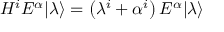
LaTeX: H ^ { i } E ^ { \alpha } | \lambda \rangle = \left( \lambda ^ { i } + \alpha ^ { i } \right) E ^ { \alpha } | \lambda \rangle